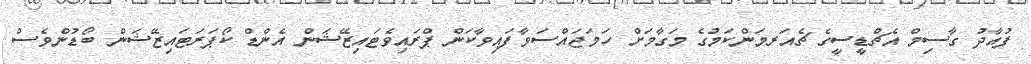
ފުއާދު ގާސިމް އެޗްޑީސީގެ ޗެއަރމަންކަމުގެ މަގާމަށް ހަމަޖައްސަވާފައިވާކަން ޕްރައިވެޓައިޒޭޝަން އެންޑް ކޯޕަރަޓައިޒޭޝަން ބޯޑުންވެސް